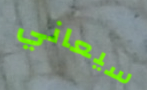
سيعاني